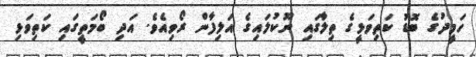
ހަމީދުގެ ބޮޑު ކަތިވަޅީގެ ތިލާގައި ނޫކުލައިގެ އަލިފާން ރޯވިއެވެ. އަދި ބޯމަތީގައި ކަތިވަޅި